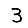
Digit: 3